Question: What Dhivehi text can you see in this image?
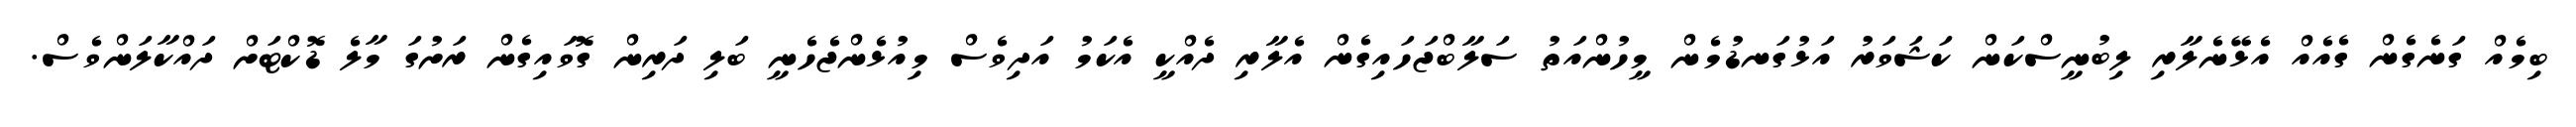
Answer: ބިމެއް ގަނެގެން ގެއެއް އެޅޭނެލާރި ލިބުނީސްކަން ކަޝަވަރު އަޅުގަނޑުމެން މީހުންއަތު ސަލާބްޖަހައިގެން އެލާރި ދެއްކީ އެކަމު އަދިވެސް މިއުޅެންޖެހެނީ ބަލި ދަރިން ގޮވައިގެން ރަށުގަ މާލެ ޑޮކްޓަށް ދައްކާލަންވެސް.